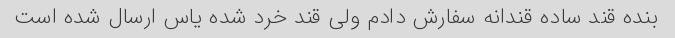
بنده قند ساده قندانه سفارش دادم ولی قند خرد شده یاس ارسال شده است